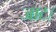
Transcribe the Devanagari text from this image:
जाट।